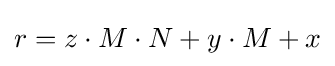
r=z\cdot M\cdot N+y\cdot M+x